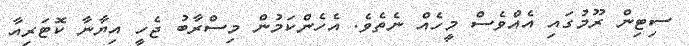
ސިޓިން ރޫމުގައި އެއްވެސް މީހެއް ނެތެވެ. އެހެންކަމުން މިސްރާބު ޖެހީ އިޔާނާ ކޮޓަރިއާ